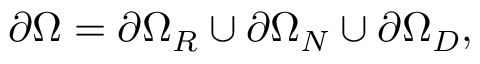
\partial \Omega = \partial \Omega _ { R } \cup \partial \Omega _ { N } \cup \partial \Omega _ { D } ,